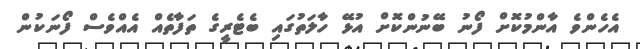
އެހެންވެ އާންމުކޮށް ފޯނު ބޭނުންކޮށް އުޅޭ ހާލަތުގައި ބެޓެރީގެ ތަފާތެއް އެއްވެސް ފޯނަކުން